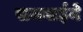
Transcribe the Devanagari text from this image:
समवाईने